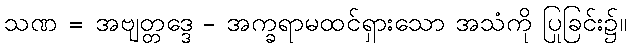
သဏ = အဗျတ္တဒ္ဒေ - အက္ခရာမထင်ရှားသော အသံကို ပြုခြင်း၌။